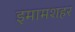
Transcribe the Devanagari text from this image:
इमामशहर